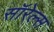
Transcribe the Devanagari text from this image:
सॉरेल्स